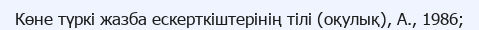
Көне түркі жазба ескерткіштерінің тілі (оқулық), А., 1986;